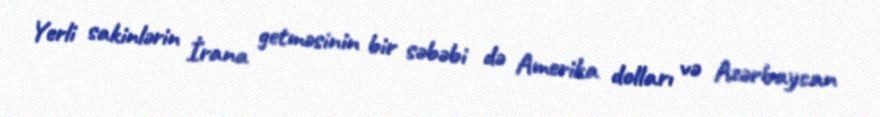
Yerli sakinlərin İrana getməsinin bir səbəbi də Amerika dolları və Azərbaycan